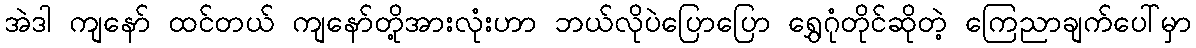
အဲဒါ ကျနော် ထင်တယ် ကျနော်တို့အားလုံးဟာ ဘယ်လိုပဲပြောပြော ရွှေဂုံတိုင်ဆိုတဲ့ ကြေညာချက်ပေါ်မှာ